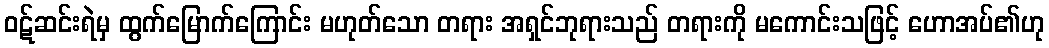
ဝဋ်ဆင်းရဲမှ ထွက်မြောက်ကြောင်း မဟုတ်သော တရား အရှင်ဘုရားသည် တရားကို မကောင်းသဖြင့် ဟောအပ်၏ဟု